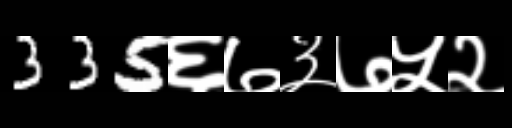
Text: 335६७३७५२